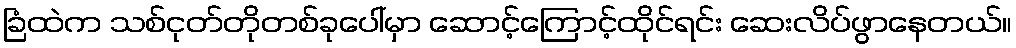
ခြံထဲက သစ်ငုတ်တိုတစ်ခုပေါ်မှာ ဆောင့်ကြောင့်ထိုင်ရင်း ဆေးလိပ်ဖွာနေတယ်။